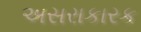
અસરાકારક